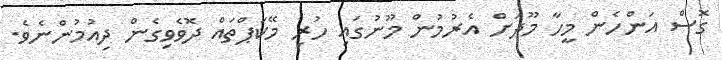
ގޮސް އަންހެން މީހާ މޫދަށް އެރުމުން މޫނުގައި ހުރި މޭކަޕްތައް ދޮވެވިގެން ދިއުމުންނެވެ.